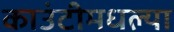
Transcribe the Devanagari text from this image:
काउंटीमधल्या